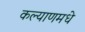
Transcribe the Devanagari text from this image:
कल्याणमधे